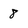
Character: 8